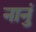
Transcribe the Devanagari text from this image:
नानुं